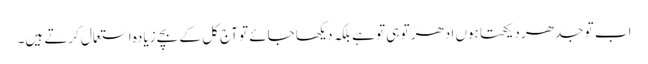
اب تو جدھر دیکھتا ہوں ادھر تو ہی تو ہے بلکہ دیکھا جائے تو آج کل کے بچے زیادہ استعمال کرتے ہیں۔